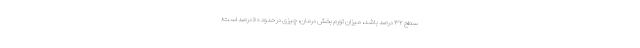
سطح ۳۲ درصد باشد، میزانِ تورم بخش درمان، چیزی در حدود ۶۰ درصد است؛